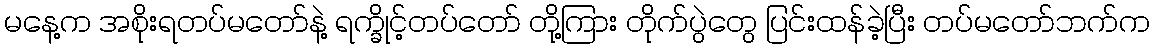
မနေ့က အစိုးရတပ်မတော်နဲ့ ရက္ခိုင့်တပ်တော် တို့ကြား တိုက်ပွဲတွေ ပြင်းထန်ခဲ့ပြီး တပ်မတော်ဘက်က